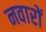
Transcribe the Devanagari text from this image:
नवारों